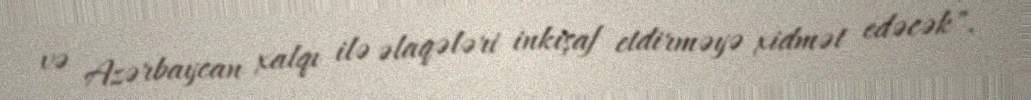
və Azərbaycan xalqı ilə əlaqələri inkişaf etdirməyə xidmət edəcək".